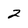
Character: 2